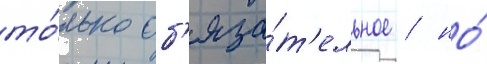
то́лько об'яза́т'ельное / но́